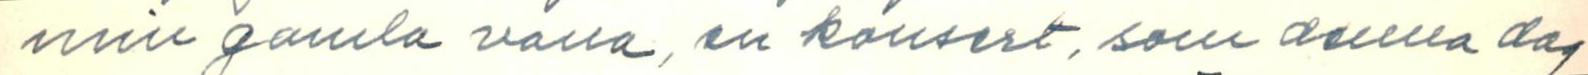
min gamla vana, en konsert, som denna dag